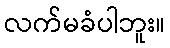
လက်မခံပါဘူး။